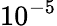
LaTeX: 10^{-5}